Report of the Municipal Commissioner on the plague in Bombay for the year ending 31st May... - Volume 2
Disease focus: Plague
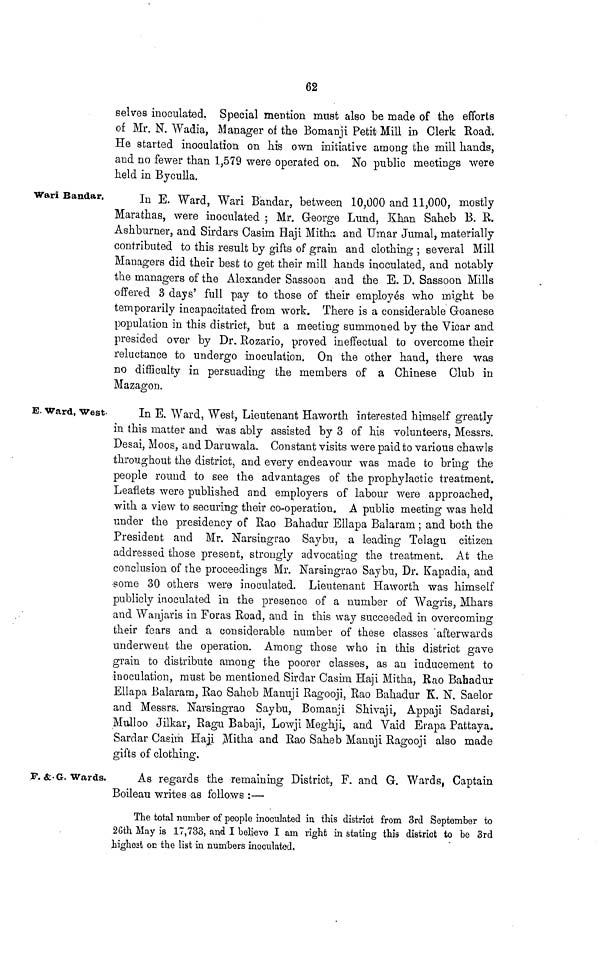
62
selves inoculated. Special mention must also be made of the efforts
of Mr. N. Wadia, Manager of the Bomanji Petit Mill in Clerk Road.
He started inoculation on his own initiative among the mill hands,
and no fewer than 1,579 were operated on. No public meetings were
held in Byculla.
Wari Bandar.
In E. Ward, Wari Bandar, between 10,000 and 11,000, mostly
Marathas, were inoculated ; Mr. George Lund, Khan Saheb B. E.
Ashburner, and Sirdars Casim Haji Mitha, and Umar Jumal, materially
contributed to this result by gifts of grain and clothing ; several Mill
Managers did their best to get their mill hands inoculated, and notably
the managers of the Alexander Sassoon and the E. D. Sassoon Mills
offered 3 days' full pay to those of their employes who might be
temporarily incapacitated from work. There is a considerable Goanese
population in this district, but a meeting summoned by the Vicar and
presided over by Dr. Rozario, proved ineffectual to overcome their
reluctance to undergo inoculation. On the other hand, there was
no difficulty in persuading the members of a Chinese Club in
Mazagon.
E. Ward, West
In E. Ward, West, Lieutenant Haworth interested himself greatly
in this matter and was ably assisted by 3 of his volunteers, Messrs.
Desai, Moos, and Daruwala. Constant visits were paid to various chawls
throughout the district, and every endeavour was made to bring the
people round to see the advantages of the prophylactic treatment.
Leaflets were published and employers of labour were approached,
with a view to securing their co-operation. A public meeting was held
under the presidency of Rao Bahadur Ellapa Balaram ; and both the
President and Mr. Narsingrao Saybu, a leading Telagu citizen
addressed those present, strongly advocating the treatment. At the
conclusion of the proceedings Mr. Narsingrao Saybu, Dr. Kapadia, and
some 30 others were inoculated. Lieutenant Haworth was himself
publicly inoculated in the presence of a number of Wagris, Mhars
and Wanjaris in Foras Road, and in this way succeeded in overcoming
their fears and a considerable number of these classes afterwards
underwent the operation. Among those who in this district gave
grain to distribute among the poorer classes, as an inducement to
inoculation, must be mentioned Sirdar Casim Haji Mitha, Rao Bahadur
Ellapa Balaram, Rao Saheb Manuji Ragooji, Rao Bahadur K. N. Saelor
and Messrs. Narsingrao Saybu, Bomanji Shivaji, Appaji Sadarsi,
Mulloo Jilkar, Ragu Babaji, Lowji Meghji, and Vaid Erapa Pattaya.
Sardar Casim Haji Mitha and Rao Saheb Manuji Ragooji also made
gifts of clothing.
F. &-G. Wards.
As regards the remaining District, F. and G. Wards, Captain
Boileau writes as follows :—
The total number of people inoculated in this district from 3rd September to
26th May is 17,733, and I believe I am right in stating this district to be 3rd
highest on the list in numbers inoculated.